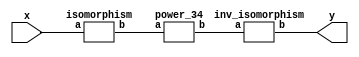
`timescale 1ns/100ps
module SMS32_34_pn_16_5(x,y);
	 input [5:0] x;
	 output [5:0] y;
	 wire [5:0] w;
	 wire [5:0] p;
	 isomorphism C2 (x,w);
	 power_34 C3 (w,p);
	 inv_isomorphism C4 (p,y);
endmodule

module add_base(a,b,c);
	 input [2:0] a;
	 input [2:0] b;
	 output [2:0] c;
	 assign c[0]=a[0]^b[0];
	 assign c[1]=a[1]^b[1];
	 assign c[2]=a[2]^b[2];
endmodule

module constant_multiplication_base_0(a,b);
	 input [2:0] a;
	 output [2:0] b;
	 assign b[0]=0;
	 assign b[1]=0;
	 assign b[2]=0;
endmodule

module constant_multiplication_base_1(a,b);
	 input [2:0] a;
	 output [2:0] b;
	 assign b[0]=a[0];
	 assign b[1]=a[1];
	 assign b[2]=a[2];
endmodule

module constant_multiplication_base_2(a,b);
	 input [2:0] a;
	 output [2:0] b;
	 assign b[0]=a[1];
	 assign b[1]=a[0]^a[2];
	 assign b[2]=a[1]^a[2];
endmodule

module constant_multiplication_base_3(a,b);
	 input [2:0] a;
	 output [2:0] b;
	 assign b[0]=a[0]^a[2];
	 assign b[1]=a[2];
	 assign b[2]=a[0]^a[1];
endmodule

module constant_multiplication_base_4(a,b);
	 input [2:0] a;
	 output [2:0] b;
	 assign b[0]=a[2];
	 assign b[1]=a[1]^a[2];
	 assign b[2]=a[0]^a[1]^a[2];
endmodule

module constant_multiplication_base_5(a,b);
	 input [2:0] a;
	 output [2:0] b;
	 assign b[0]=a[1]^a[2];
	 assign b[1]=a[0]^a[1];
	 assign b[2]=a[0];
endmodule

module constant_multiplication_base_6(a,b);
	 input [2:0] a;
	 output [2:0] b;
	 assign b[0]=a[0]^a[1];
	 assign b[1]=a[0]^a[1]^a[2];
	 assign b[2]=a[1];
endmodule

module constant_multiplication_base_7(a,b);
	 input [2:0] a;
	 output [2:0] b;
	 assign b[0]=a[0]^a[1]^a[2];
	 assign b[1]=a[0];
	 assign b[2]=a[0]^a[2];
endmodule

module multiplication_base(a,b,c);
	 input [2:0] a;
	 input [2:0] b;
	 output [2:0] c;
	 assign c[0]=(a[2]&b[2])^(a[0]&b[1])^(a[1]&b[0])^(a[1]&b[2])^(a[2]&b[1]);
	 assign c[1]=(a[0]&b[0])^(a[0]&b[2])^(a[2]&b[0])^(a[1]&b[2])^(a[2]&b[1]);
	 assign c[2]=(a[1]&b[1])^(a[0]&b[1])^(a[1]&b[0])^(a[0]&b[2])^(a[2]&b[0]);
endmodule

module square_base(a,b);
	 input [2:0] a;
	 output[2:0] b;
	 assign b[0]=a[2];
	 assign b[1]=a[0];
	 assign b[2]=a[1];
endmodule

module four_base(a,b);
	 input [2:0] a;
	 output[2:0] b;
	 assign b[0]=a[1];
	 assign b[1]=a[2];
	 assign b[2]=a[0];
endmodule

module six_base(a,b);
	 input [2:0] a;
	 output [2:0] b;
	 assign b[0]=a[0]^a[2]^(a[1]&a[2]);
	 assign b[1]=a[0]^a[1]^(a[0]&a[2]);
	 assign b[2]=a[1]^a[2]^(a[0]&a[1]);
endmodule

module power_34(a,b);
	 input [5:0] a;
	 output [5:0] b;
	 wire [2:0] x_0;
	 wire [2:0] x_1;
	 wire [2:0] x_2;
	 wire [2:0] x_3;
	 wire [2:0] x_4;
	 wire [2:0] x_5;
	 wire [2:0] y_0;
	 wire [2:0] y_1;
	 wire [2:0] y_2;
	 wire [2:0] y_3;
	 wire [2:0] z_00;
	 wire [2:0] z_01;
	 wire [2:0] z_02;
	 wire [2:0] z_10;
	 wire [2:0] z_11;
	 wire [2:0] z_12;
	 wire [2:0] w_00;
	 wire [2:0] w_01;
	 wire [2:0] w_02;
	 wire [2:0] w_03;
	 wire [2:0] w_10;
	 wire [2:0] w_11;
	 wire [2:0] w_12;
	 wire [2:0] w_13;
	 assign x_0[0]=a[0];
	 assign x_0[1]=a[1];
	 assign x_0[2]=a[2];
	 assign x_1[0]=a[3];
	 assign x_1[1]=a[4];
	 assign x_1[2]=a[5];
	 six_base A1 (x_0,y_0);
	 six_base A2 (x_1,y_3);
	 square_base  A3 (x_0,x_2);
	 square_base A4 (x_1,x_3);
	 four_base  A5 (x_0,x_4);
	 four_base A6 (x_1,x_5);
	 multiplication_base A7 (x_2,x_5,y_1);
	 multiplication_base A8 (x_3,x_4,y_2);
	 constant_multiplication_base_1 MC00 (y_0,w_00);
	 constant_multiplication_base_5 MC01 (y_1,w_01);
	 constant_multiplication_base_2 MC02 (y_2,w_02);
	 constant_multiplication_base_1 MC03 (y_3,w_03);
	 constant_multiplication_base_0 MC10 (y_0,w_10);
	 constant_multiplication_base_1 MC11 (y_1,w_11);
	 constant_multiplication_base_1 MC12 (y_2,w_12);
	 constant_multiplication_base_3 MC13 (y_3,w_13);
	 add_base B00 (w_00,w_01,z_00);
	 add_base B01 (w_02,w_03,z_01);
	 add_base B02 (z_00,z_01,z_02);
	 add_base B10 (w_10,w_11,z_10);
	 add_base B11 (w_12,w_13,z_11);
	 add_base B12 (z_10,z_11,z_12);
	 assign b[0]=z_02[0];
	 assign b[1]=z_02[1];
	 assign b[2]=z_02[2];
	 assign b[3]=z_12[0];
	 assign b[4]=z_12[1];
	 assign b[5]=z_12[2];
endmodule

module inv_isomorphism(a,b);
	 input [5:0] a;
	 output [5:0] b;
	 assign b[0]=a[2]^a[3]^a[4];
	 assign b[1]=a[0]^a[3]^a[4]^a[5];
	 assign b[2]=a[1]^a[5];
	 assign b[3]=a[0]^a[2]^a[3]^a[4]^a[5];
	 assign b[4]=a[1]^a[2]^a[4]^a[5];
	 assign b[5]=a[1];
endmodule

module isomorphism(a,b);
	 input [5:0] a;
	 output [5:0] b;
	 assign b[0]=a[0]^a[1]^a[2]^a[3];
	 assign b[1]=a[2]^a[3]^a[5];
	 assign b[2]=a[1]^a[2]^a[3]^a[5];
	 assign b[3]=a[2]^a[4];
	 assign b[4]=a[0]^a[1]^a[4]^a[5];
	 assign b[5]=a[0]^a[1]^a[2]^a[3]^a[5];
endmodule